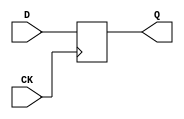
module dff (CK,Q,D);
input CK,D;
output Q;
reg Q;
always @ (posedge CK)
  Q <= D;
endmodule

module s420(CK,C_0,C_1,C_10,C_11,C_12,C_13,C_14,C_15,C_16,C_2,C_3,C_4,
  C_5,C_6,C_7,C_8,C_9,P_0,Z);
input CK,P_0,C_16,C_15,C_14,C_13,C_12,C_11,C_10,C_9,C_8,C_7,C_6,C_5,
  C_4,C_3,C_2,C_1,C_0;
output Z;

  wire X_4,I12,X_3,I13,X_2,I14,X_1,I15,X_8,I110,X_7,I111,X_6,I112,X_5,I113,
    X_12,I208,X_11,I209,X_10,I210,X_9,I211,X_16,I306,X_15,I307,X_14,I308,X_13,
    I309,I73_1,I69,I73_2,I7_1,I66,I7_2,I88_1,I88_2,I48,I49,I50,I68,I171_1,I167,
    I171_2,I105_1,I164,I105_2,I186_1,I186_2,I1_2,I146,I147,I148,I166,I269_1,
    I265,I269_2,I203_1,I262,I203_2,I284_1,I284_2,I1_3,I244,I245,I246,I264,
    I301_1,I359,I301_2,I378_1,I378_2,I1_4,I344,I345,I357,I358,I360,I410,I411,
    I412,I413,I414,I423,I422,I438,I439,I440,I441,I442,I451,I450,I466,I467,I468,
    I469,I470,I479,I478,I494,I495,I496,I497,I498,I506,I505,I546,P_2,I547,P_3,
    I550,I551,I570,P_6,I571,P_7,I574,I575,I594,P_10,I595,P_11,I598,I599,I618,
    P_14,I619,P_15,I622,I623,I73_3,I73_4,I7_3,I7_4,I88_3,I88_4,I171_3,I171_4,
    I105_3,I105_4,I186_3,I186_4,I269_3,I269_4,I203_3,I203_4,I284_3,I284_4,
    I301_3,I301_4,I378_3,I378_4,I387_1,I2_1,I2_2,I2_3,I408_2,I407_1,I407_2,
    I408_3,I407_3,P_5,I403_2,I404_2,I405_2,P_8,I406_2,P_9,I403_3,I404_3,I405_3,
    P_12,I406_3,P_13,I403_4,I404_4,I405_4,P_16,I406_4,I559_1,P_1,I559_2,I583_1,
    I583_2,P_4,I607_1,I607_2,I631_1,I631_2,I534_5,I70_1,I95_1,I64,I168_1,
    I193_1,I162,I266_1,I291_1,I260,I363_1,I361,I366_1,I384_1,I555_1,I555_2,
    I579_1,I579_2,I603_1,I603_2,I627_1,I627_2,I534_2,I533_1,I533_2,I534_3,
    I533_3,I534_4,I533_4,I62,I160,I258,I355,I420,I448,I476,I503,I554,I578,I602,
    I626;

  dff DFF_0(CK,X_4,I12);
  dff DFF_1(CK,X_3,I13);
  dff DFF_2(CK,X_2,I14);
  dff DFF_3(CK,X_1,I15);
  dff DFF_4(CK,X_8,I110);
  dff DFF_5(CK,X_7,I111);
  dff DFF_6(CK,X_6,I112);
  dff DFF_7(CK,X_5,I113);
  dff DFF_8(CK,X_12,I208);
  dff DFF_9(CK,X_11,I209);
  dff DFF_10(CK,X_10,I210);
  dff DFF_11(CK,X_9,I211);
  dff DFF_12(CK,X_16,I306);
  dff DFF_13(CK,X_15,I307);
  dff DFF_14(CK,X_14,I308);
  dff DFF_15(CK,X_13,I309);
  not NOT_0(I73_1,I69);
  not NOT_1(I73_2,X_3);
  not NOT_2(I7_1,I66);
  not NOT_3(I7_2,X_2);
  not NOT_4(I88_1,X_1);
  not NOT_5(I88_2,P_0);
  not NOT_6(I48,P_0);
  not NOT_7(I49,X_4);
  not NOT_8(I50,X_3);
  not NOT_9(I68,I69);
  not NOT_10(I171_1,I167);
  not NOT_11(I171_2,X_7);
  not NOT_12(I105_1,I164);
  not NOT_13(I105_2,X_6);
  not NOT_14(I186_1,X_5);
  not NOT_15(I186_2,I1_2);
  not NOT_16(I146,I1_2);
  not NOT_17(I147,X_8);
  not NOT_18(I148,X_7);
  not NOT_19(I166,I167);
  not NOT_20(I269_1,I265);
  not NOT_21(I269_2,X_11);
  not NOT_22(I203_1,I262);
  not NOT_23(I203_2,X_10);
  not NOT_24(I284_1,X_9);
  not NOT_25(I284_2,I1_3);
  not NOT_26(I244,I1_3);
  not NOT_27(I245,X_12);
  not NOT_28(I246,X_11);
  not NOT_29(I264,I265);
  not NOT_30(I301_1,I359);
  not NOT_31(I301_2,X_14);
  not NOT_32(I378_1,X_13);
  not NOT_33(I378_2,I1_4);
  not NOT_34(I344,X_15);
  not NOT_35(I345,X_14);
  not NOT_36(I357,I358);
  not NOT_37(I360,I359);
  not NOT_38(I410,P_0);
  not NOT_39(I411,X_1);
  not NOT_40(I412,X_2);
  not NOT_41(I413,X_3);
  not NOT_42(I414,X_4);
  not NOT_43(I423,I422);
  not NOT_44(I438,P_0);
  not NOT_45(I439,X_5);
  not NOT_46(I440,X_6);
  not NOT_47(I441,X_7);
  not NOT_48(I442,X_8);
  not NOT_49(I451,I450);
  not NOT_50(I466,P_0);
  not NOT_51(I467,X_9);
  not NOT_52(I468,X_10);
  not NOT_53(I469,X_11);
  not NOT_54(I470,X_12);
  not NOT_55(I479,I478);
  not NOT_56(I494,P_0);
  not NOT_57(I495,X_13);
  not NOT_58(I496,X_14);
  not NOT_59(I497,X_15);
  not NOT_60(I498,X_16);
  not NOT_61(I506,I505);
  not NOT_62(I546,P_2);
  not NOT_63(I547,P_3);
  not NOT_64(I550,C_2);
  not NOT_65(I551,C_3);
  not NOT_66(I570,P_6);
  not NOT_67(I571,P_7);
  not NOT_68(I574,C_6);
  not NOT_69(I575,C_7);
  not NOT_70(I594,P_10);
  not NOT_71(I595,P_11);
  not NOT_72(I598,C_10);
  not NOT_73(I599,C_11);
  not NOT_74(I618,P_14);
  not NOT_75(I619,P_15);
  not NOT_76(I622,C_14);
  not NOT_77(I623,C_15);
  and AND2_0(I73_3,I69,I73_2);
  and AND2_1(I73_4,X_3,I73_1);
  and AND2_2(I7_3,I66,I7_2);
  and AND2_3(I7_4,X_2,I7_1);
  and AND2_4(I88_3,X_1,I88_2);
  and AND2_5(I88_4,P_0,I88_1);
  and AND2_6(I171_3,I167,I171_2);
  and AND2_7(I171_4,X_7,I171_1);
  and AND2_8(I105_3,I164,I105_2);
  and AND2_9(I105_4,X_6,I105_1);
  and AND2_10(I186_3,X_5,I186_2);
  and AND2_11(I186_4,I1_2,I186_1);
  and AND2_12(I269_3,I265,I269_2);
  and AND2_13(I269_4,X_11,I269_1);
  and AND2_14(I203_3,I262,I203_2);
  and AND2_15(I203_4,X_10,I203_1);
  and AND2_16(I284_3,X_9,I284_2);
  and AND2_17(I284_4,I1_3,I284_1);
  and AND2_18(I301_3,I359,I301_2);
  and AND2_19(I301_4,X_14,I301_1);
  and AND2_20(I378_3,X_13,I378_2);
  and AND2_21(I378_4,I1_4,I378_1);
  and AND2_22(I387_1,I360,X_14);
  and AND2_23(I1_2,I2_1,P_0);
  and AND2_24(I1_3,I2_2,I1_2);
  and AND2_25(I1_4,I2_3,I1_3);
  and AND2_26(I408_2,I407_1,I407_2);
  and AND2_27(I408_3,I408_2,I407_3);
  and AND2_28(P_5,I407_1,I403_2);
  and AND2_29(P_6,I407_1,I404_2);
  and AND2_30(P_7,I407_1,I405_2);
  and AND2_31(P_8,I407_1,I406_2);
  and AND2_32(P_9,I408_2,I403_3);
  and AND2_33(P_10,I408_2,I404_3);
  and AND2_34(P_11,I408_2,I405_3);
  and AND2_35(P_12,I408_2,I406_3);
  and AND2_36(P_13,I408_3,I403_4);
  and AND2_37(P_14,I408_3,I404_4);
  and AND2_38(P_15,I408_3,I405_4);
  and AND2_39(P_16,I408_3,I406_4);
  and AND2_40(I559_1,P_1,C_1);
  and AND2_41(I559_2,P_0,C_0);
  and AND2_42(I583_1,P_5,C_5);
  and AND2_43(I583_2,P_4,C_4);
  and AND2_44(I607_1,P_9,C_9);
  and AND2_45(I607_2,P_8,C_8);
  and AND2_46(I631_1,P_13,C_13);
  and AND2_47(I631_2,P_12,C_12);
  and AND2_48(I534_5,P_16,C_16);
  or OR3_0(I70_1,I68,X_4,I50);
  or OR2_0(I13,I73_3,I73_4);
  or OR2_1(I15,I88_3,I88_4);
  or OR3_1(I95_1,I64,I50,I48);
  or OR3_2(I168_1,I166,X_8,I148);
  or OR2_2(I111,I171_3,I171_4);
  or OR2_3(I113,I186_3,I186_4);
  or OR3_3(I193_1,I162,I148,I146);
  or OR3_4(I266_1,I264,X_12,I246);
  or OR2_4(I209,I269_3,I269_4);
  or OR2_5(I211,I284_3,I284_4);
  or OR3_5(I291_1,I260,I246,I244);
  or OR3_6(I363_1,I361,X_16,I344);
  or OR2_6(I366_1,I361,X_15);
  or OR2_7(I309,I378_3,I378_4);
  or OR3_7(I384_1,I359,I345,I344);
  or OR2_8(I555_1,I547,I551);
  or OR2_9(I555_2,I546,I550);
  or OR2_10(I579_1,I571,I575);
  or OR2_11(I579_2,I570,I574);
  or OR2_12(I603_1,I595,I599);
  or OR2_13(I603_2,I594,I598);
  or OR2_14(I627_1,I619,I623);
  or OR2_15(I627_2,I618,I622);
  or OR2_16(I534_2,I533_1,I533_2);
  or OR2_17(I534_3,I534_2,I533_3);
  or OR2_18(I534_4,I534_3,I533_4);
  or OR2_19(Z,I534_4,I534_5);
  nand NAND2_0(I12,I70_1,I62);
  nand NAND2_1(I62,I95_1,X_4);
  nand NAND2_2(I64,X_1,X_2);
  nand NAND2_3(I66,X_1,P_0);
  nand NAND2_4(I110,I168_1,I160);
  nand NAND2_5(I160,I193_1,X_8);
  nand NAND2_6(I162,X_5,X_6);
  nand NAND2_7(I164,X_5,I1_2);
  nand NAND2_8(I208,I266_1,I258);
  nand NAND2_9(I258,I291_1,X_12);
  nand NAND2_10(I260,X_9,X_10);
  nand NAND2_11(I262,X_9,I1_3);
  nand NAND2_12(I306,I363_1,I355);
  nand NAND2_13(I307,I366_1,I357);
  nand NAND2_14(I355,I384_1,X_16);
  nand NAND2_15(I359,X_13,I1_4);
  nand NAND2_16(I361,I360,X_14);
  nand NAND2_17(I420,I423,I412);
  nand NAND2_18(I422,I411,P_0);
  nand NAND2_19(I448,I451,I440);
  nand NAND2_20(I450,I439,P_0);
  nand NAND2_21(I476,I479,I468);
  nand NAND2_22(I478,I467,P_0);
  nand NAND2_23(I503,I506,I496);
  nand NAND2_24(I505,I495,P_0);
  nand NAND3_0(I533_1,I555_1,I555_2,I554);
  nand NAND3_1(I533_2,I579_1,I579_2,I578);
  nand NAND3_2(I533_3,I603_1,I603_2,I602);
  nand NAND3_3(I533_4,I627_1,I627_2,I626);
  nor NOR2_0(I14,I7_3,I7_4);
  nor NOR3_0(I2_1,I64,I49,I50);
  nor NOR2_1(I69,I64,I48);
  nor NOR2_2(I112,I105_3,I105_4);
  nor NOR3_1(I2_2,I162,I147,I148);
  nor NOR2_3(I167,I162,I146);
  nor NOR2_4(I210,I203_3,I203_4);
  nor NOR3_2(I2_3,I260,I245,I246);
  nor NOR2_5(I265,I260,I244);
  nor NOR2_6(I308,I301_3,I301_4);
  nor NOR2_7(I358,I344,I387_1);
  nor NOR2_8(P_1,I410,I411);
  nor NOR2_9(P_2,I412,I422);
  nor NOR2_10(P_3,I413,I420);
  nor NOR3_3(P_4,X_3,I420,I414);
  nor NOR4_0(I407_1,X_4,X_2,X_3,X_1);
  nor NOR2_11(I403_2,I438,I439);
  nor NOR2_12(I404_2,I440,I450);
  nor NOR2_13(I405_2,I441,I448);
  nor NOR3_4(I406_2,X_7,I448,I442);
  nor NOR4_1(I407_2,X_8,X_6,X_7,X_5);
  nor NOR2_14(I403_3,I466,I467);
  nor NOR2_15(I404_3,I468,I478);
  nor NOR2_16(I405_3,I469,I476);
  nor NOR3_5(I406_3,X_11,I476,I470);
  nor NOR4_2(I407_3,X_12,X_10,X_11,X_9);
  nor NOR2_17(I403_4,I494,I495);
  nor NOR2_18(I404_4,I496,I505);
  nor NOR2_19(I405_4,I497,I503);
  nor NOR3_6(I406_4,X_15,I503,I498);
  nor NOR2_20(I554,I559_1,I559_2);
  nor NOR2_21(I578,I583_1,I583_2);
  nor NOR2_22(I602,I607_1,I607_2);
  nor NOR2_23(I626,I631_1,I631_2);

endmodule